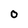
Character: O